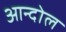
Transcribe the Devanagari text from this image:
आन्दोल